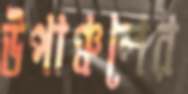
উপাঞ্চলের